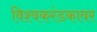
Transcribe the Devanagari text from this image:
विश्वकरंडकावर